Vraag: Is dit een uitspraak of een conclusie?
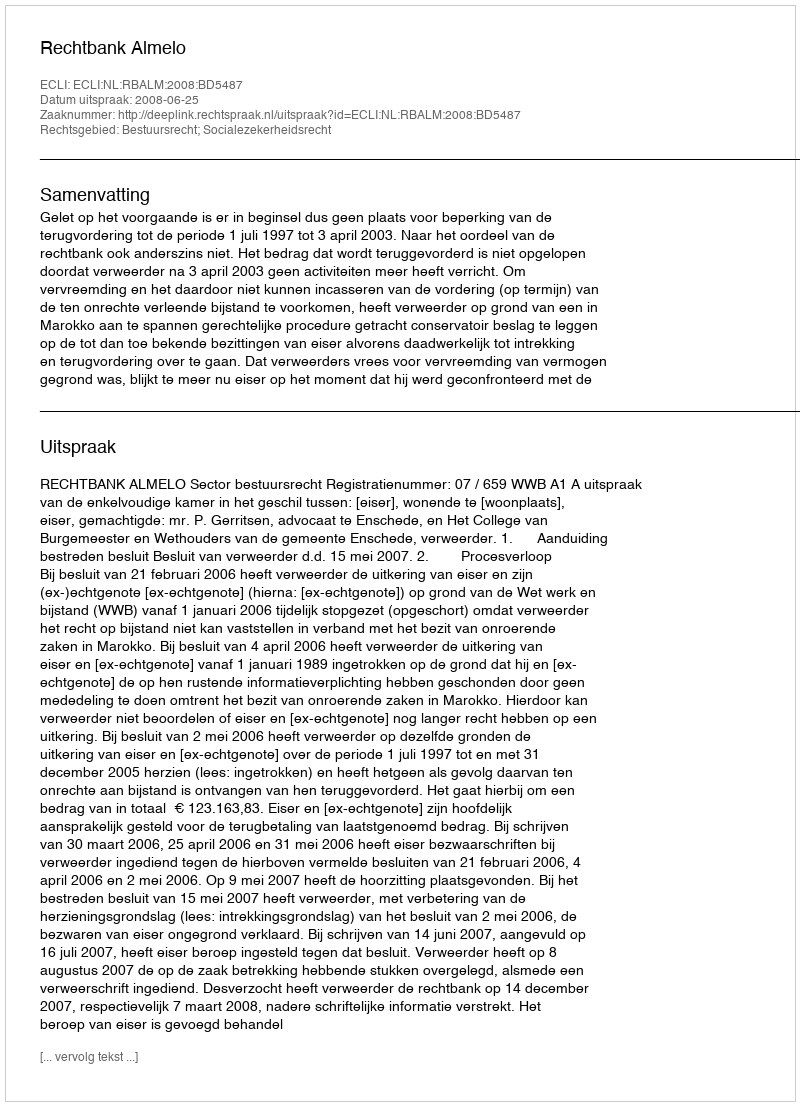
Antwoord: Uitspraak